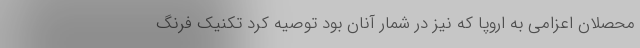
محصلان اعزامی به اروپا که نیز در شمار آنان بود توصیه کرد تکنیک فرنگ